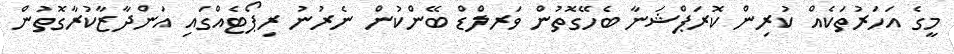
މީގެ އަހަރުތަކެއް ކުރިން ކޮރަޕްޝަނާ ބެހޭގޮތުން ވަރލްޑް ބޭންކުން ނެރުނު ރިޕޯޓެއްގައި އަންދާޒާކުރާގޮތުން